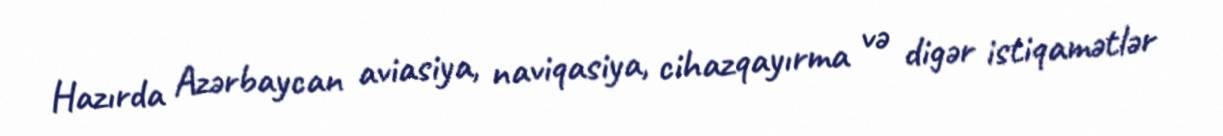
Hazırda Azərbaycan aviasiya, naviqasiya, cihazqayırma və digər istiqamətlər